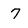
Character: 7